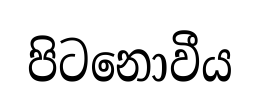
පිටනොවීය